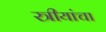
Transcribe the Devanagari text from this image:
स्त्रीयांचा